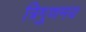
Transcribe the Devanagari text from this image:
त्रिगुणमय